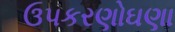
ઉપકરણોઘણા